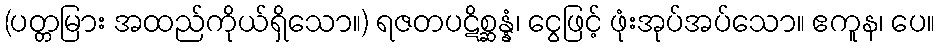
(ပတ္တမြား အထည်ကိုယ်ရှိသော။) ရဇတပဋိစ္ဆန္နံ၊ ငွေဖြင့် ဖုံးအုပ်အပ်သော။ ဧကူန၊ ပေ။